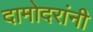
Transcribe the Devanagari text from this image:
दामोदरांनी